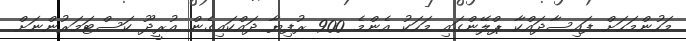
މަހުންމަހަށް ފައިސާދައްކާ ޕްލޭންގައި މަހަކު އެންމެ 900 ރުފިޔާ ދައްކައިގެން އުރީދޫ ކަސްޓަމަރުންނަށް